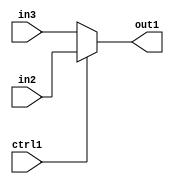
`timescale 1ps / 1ps
/*****************************************************************************
    Verilog RTL Description
    
    
    Created by: Stratus DpOpt 2019.1.01 
*******************************************************************************/

module avg_pool_N_Mux_8_2_6_4 (
	in3,
	in2,
	ctrl1,
	out1
	); /* architecture "behavioural" */ 
input [7:0] in3,
	in2;
input  ctrl1;
output [7:0] out1;
wire [7:0] asc001;

reg [7:0] asc001_tmp_0;
assign asc001 = asc001_tmp_0;
always @ (ctrl1 or in2 or in3) begin
	case (ctrl1)
		1'B1 : asc001_tmp_0 = in2 ;
		default : asc001_tmp_0 = in3 ;
	endcase
end

assign out1 = asc001;
endmodule

/* CADENCE  uLb5TQs= : u9/ySgnWtBlWxVPRXgAZ4Og= ** DO NOT EDIT THIS LINE ******/